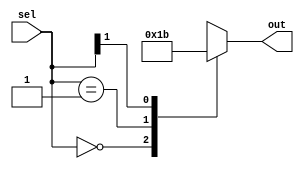
module casez_example (
    input wire [1:0] sel,
    output reg [1:0] out
);

always @*
begin
    casez(sel)
        2'b00: out <= 2'b01; // if sel is 00, out is assigned 01
        2'b01: out <= 2'b10; // if sel is 01, out is assigned 10
        2'b1?: out <= 2'b11; // if sel is 10 or 11, out is assigned 11
        default: out <= 2'b00; // default case if none of the above conditions are met
    endcase
end

endmodule